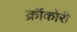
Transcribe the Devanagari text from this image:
क्रॉकोरी